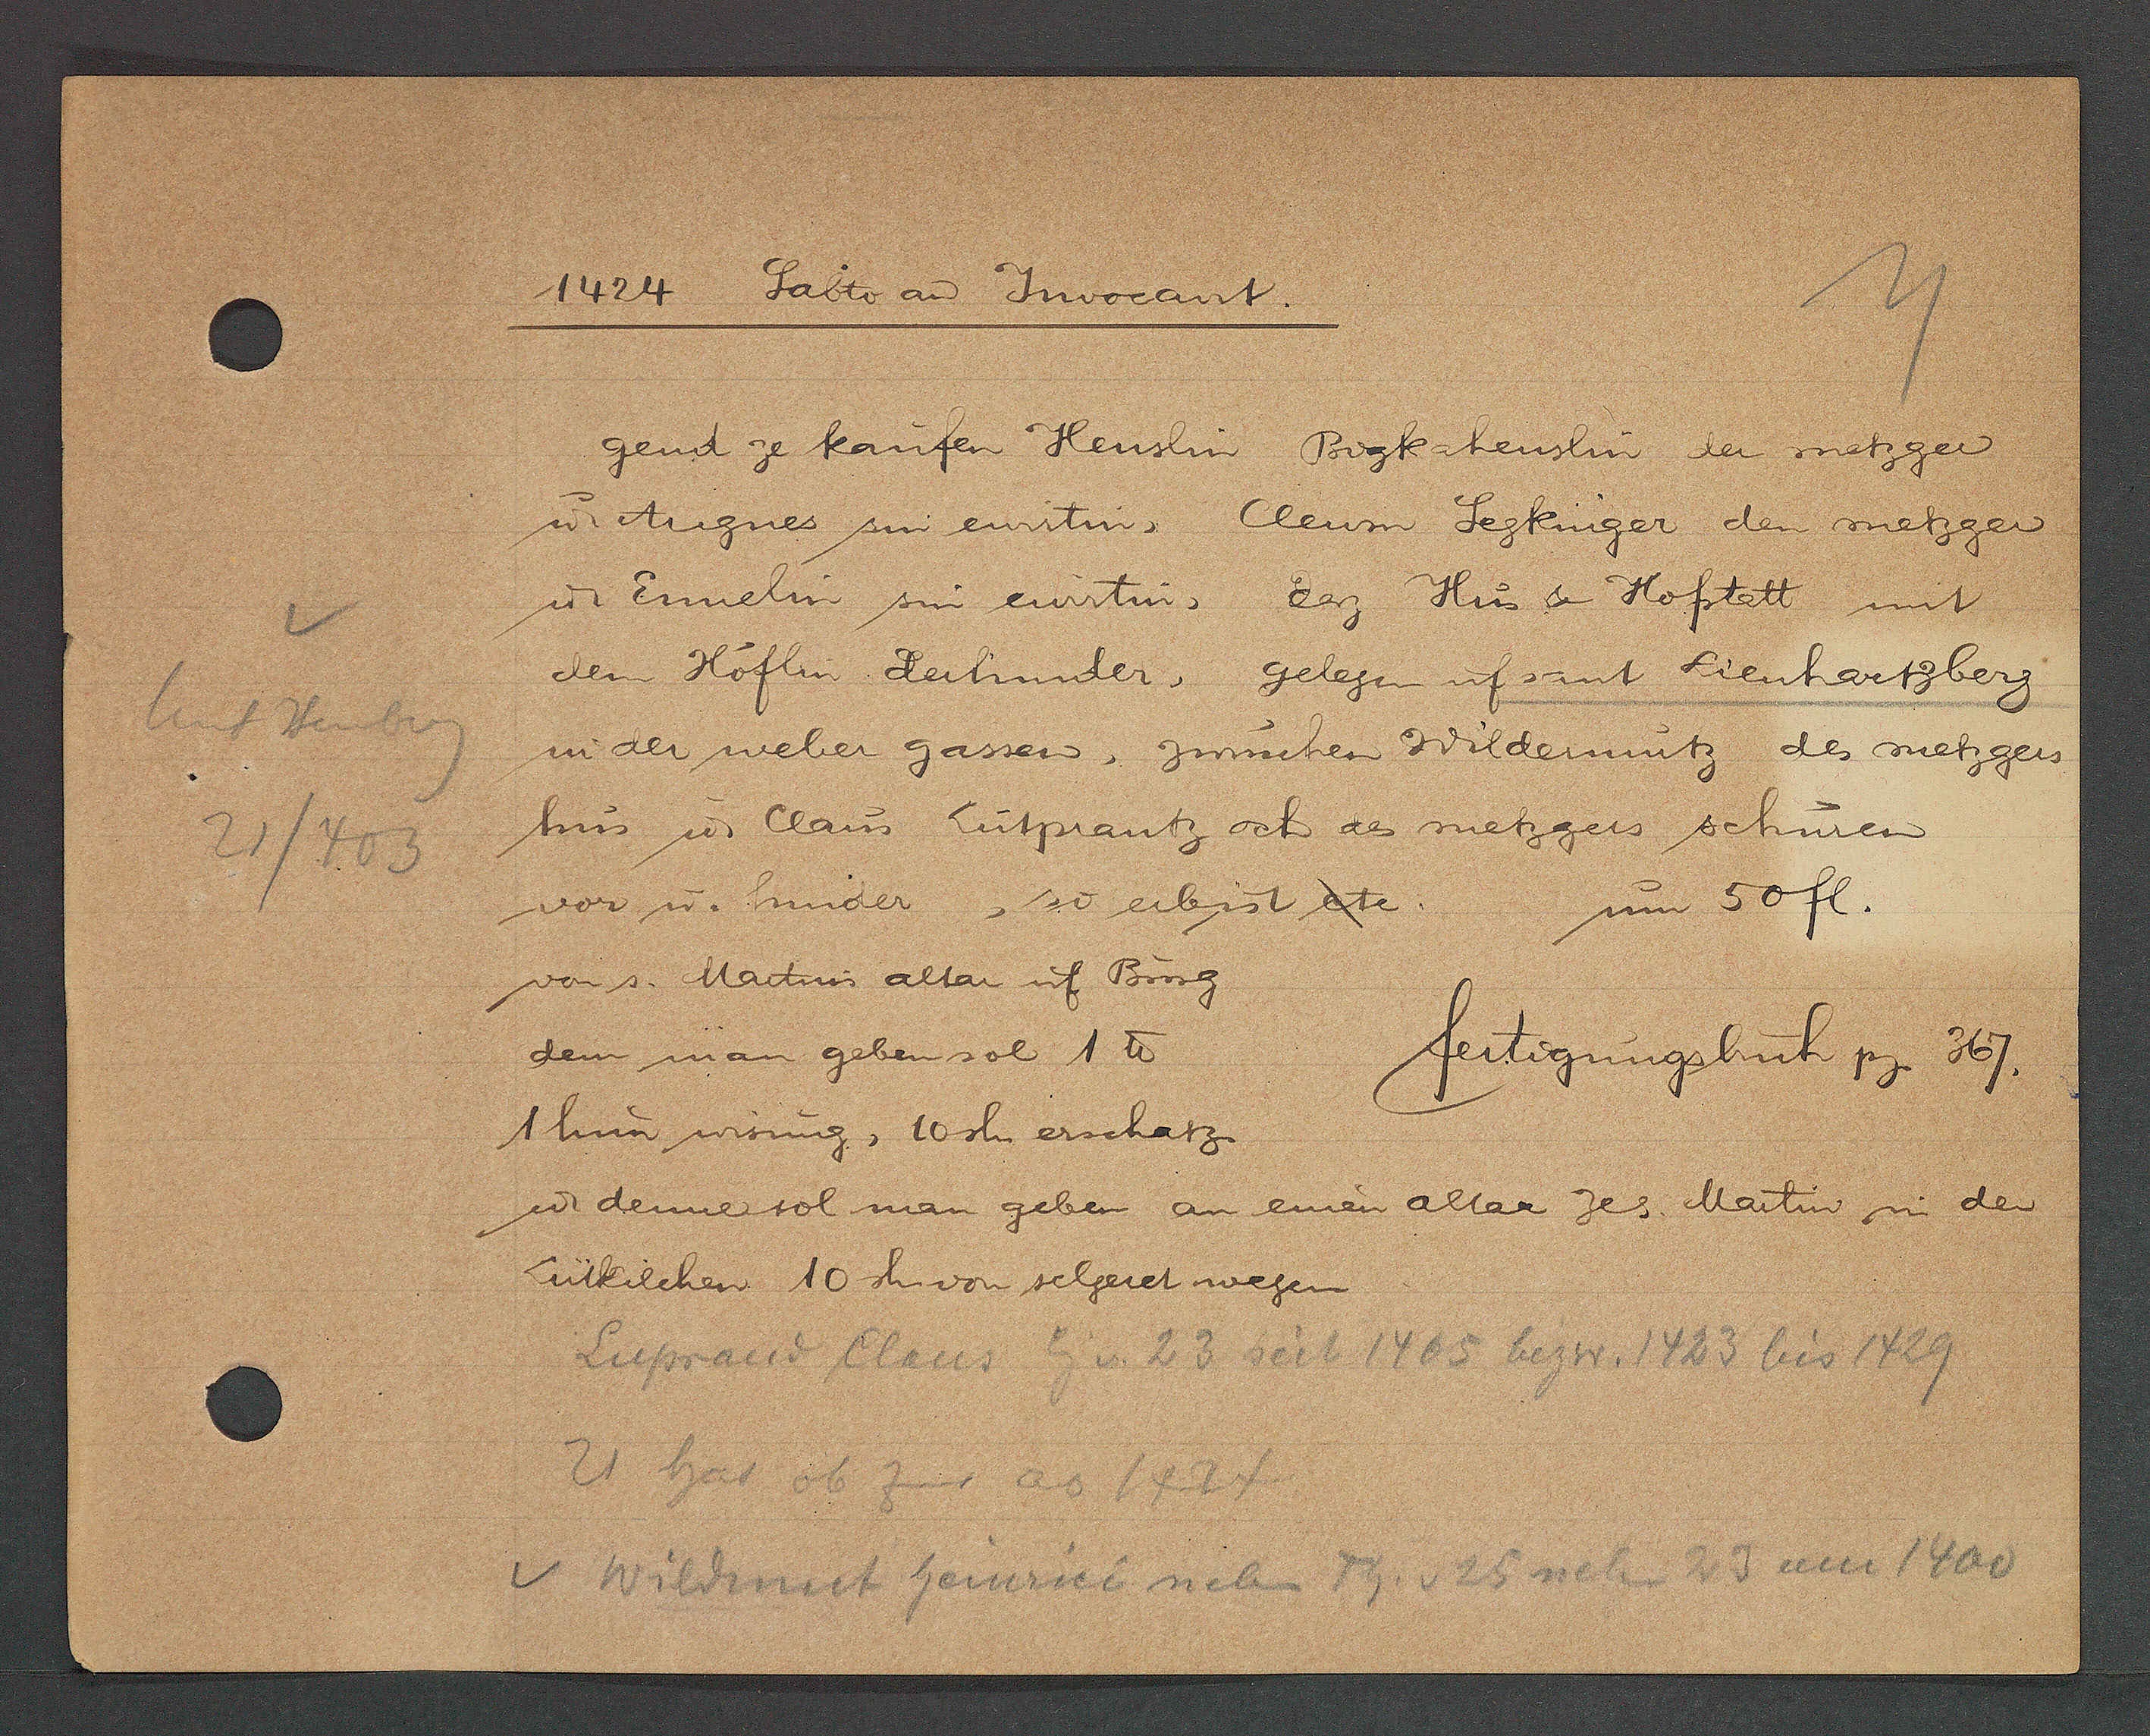
Transcript:
Unt Heuberg
21/403
v

1424 Sabito an Juvocant.

u. Angnes zin ewirtin, Clewin Segkinger den metzger
u Ennelin sin erwirtin, der Hus & Hofstatt mit
dem Höflin derhinder, gelegen uf sant Lienhartzberg
in der weber gassen, zwuschen Wildenmutz des metzgers
hus u Claus Lutprantz och an metzgers schuren
vor u. hinder, so eib ist etc.
von s. Martin altar uf Burg
gend ze kaufen Heuslin Burgkaheuslin der metzger
dem man geben sol 1 ℔
1 thun wisung, 10 sh erschatz
u denner sol man geben an einen altar zes. Martin in dem
Lütkilchen 10 sh. von selgeret wegen
um 50 fl.

fertigungsbuch pg 367.

Luprand Claus Eig v. 23 seit 1405 bezw.
v. Wildmuet Heinrici neben Th. v 25 neben 23 um 1400
21 at ob zins ao 1424
5 bezw 1423 bis 1429